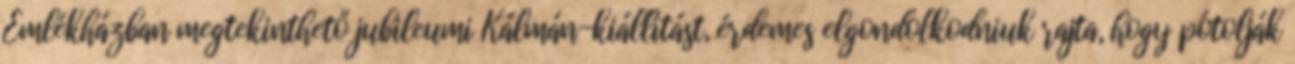
Emlékházban megtekinthető jubileumi Kálmán-kiállítást, érdemes elgondolkodniuk rajta, hogy pótolják